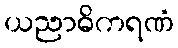
ယညာဓိကရဏံ